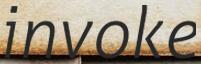
invoke